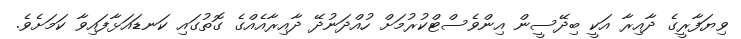
ވިޔަފާރީގެ ދާއިރާ އަކީ ބިދޭސީން އިންވެސްޓްކުރުމަށް ހުއްދަނުދޭ ދާއިރާއެއްގެ ގޮތުގައި ކަނޑައަޅާފައިވާ ކަމަށެވެ.